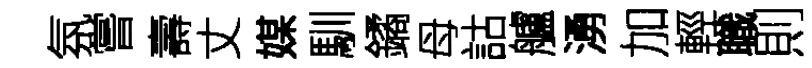
氛嘗壽丈媒馴鐍母詁艫湧加輕職則